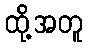
ထို့အတူ